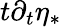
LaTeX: t\partial_{t}\eta_{*}